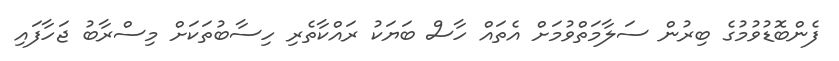
ފެންބޮޑުވުމުގެ ބިރުން ސަލާމަތްވުމަށް އެތައް ހާސް ބަޔަކު ރައްކާތެރި ހިސާބުތަކަށް މިސްރާބު ޖަހާފައި